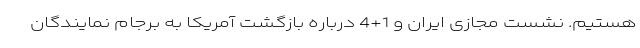
هستیم. نشست مجازی ایران و 1+4 درباره بازگشت آمریکا به برجام نمایندگان